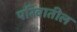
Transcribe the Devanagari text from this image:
परिवातील